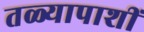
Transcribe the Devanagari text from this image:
तळ्यापाशीं